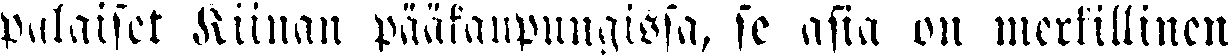
palaiset Kiinan pääkaupungissa, se asia on merkillinen